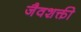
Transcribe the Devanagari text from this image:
जैवशक्ती